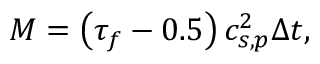
M = \left( \tau _ { f } - 0 . 5 \right) c _ { s , p } ^ { 2 } \Delta t ,